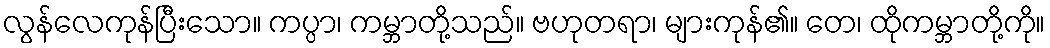
လွန်လေကုန်ပြီးသော။ ကပ္ပာ၊ ကမ္ဘာတို့သည်။ ဗဟုတရာ၊ များကုန်၏။ တေ၊ ထိုကမ္ဘာတို့ကို။